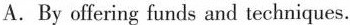
A.By offering funds and techniques.